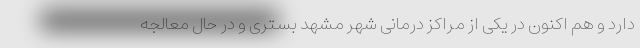
دارد و هم اکنون در یکی از مراکز درمانی شهر مشهد بستری و در حال معالجه